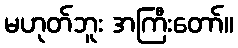
မဟုတ်ဘူး အကြီးတော်။